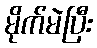
မိုက်မဲပြီး